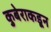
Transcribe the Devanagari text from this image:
कुबेराकडून